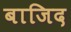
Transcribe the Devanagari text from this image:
बाजिद